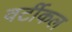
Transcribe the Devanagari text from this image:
वर्टीकल